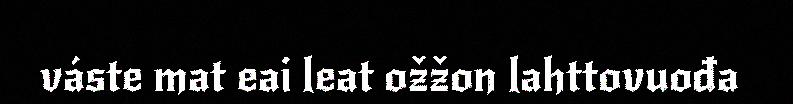
váste mat eai leat ožžon lahttovuođa